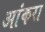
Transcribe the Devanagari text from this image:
आंकरा